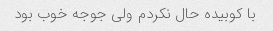
با کوبیده حال نکردم ولی جوجه خوب بود